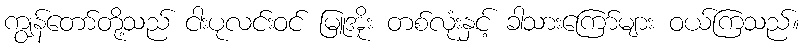
ကျွန်တော်တို့သည် ငါးပုလင်းဝင် မြူအိုး တစ်လုံးနှင့် ခါသားကြော်များ ဝယ်ကြသည်။